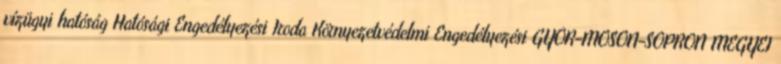
vízügyi hatóság Hatósági Engedélyezési Iroda Környezetvédelmi Engedélyezési GYŐR-MOSON-SOPRON MEGYEI